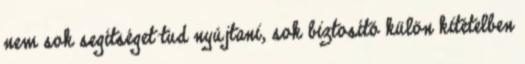
nem sok segítséget tud nyújtani, sok biztosító külön kitételben